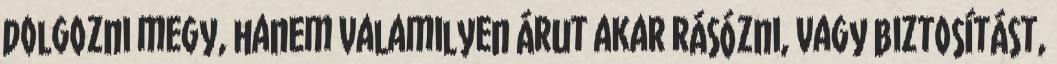
dolgozni megy, hanem valamilyen árut akar rásózni, vagy biztosítást,